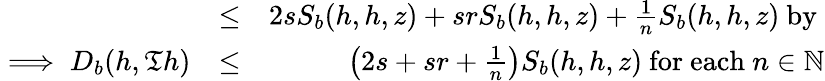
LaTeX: \begin{array}{rlr}&{\leq}&{2sS_{b}(h,h,z)+srS_{b}(h,h,z)+\frac{1}{n}S_{b}(h,h,z)~\mathrm{by~}}\\ {\implies D_{b}(h,\mathfrak{T}h)}&{\leq}&{\left(2s+sr+\frac{1}{n}\right)S_{b}(h,h,z)~\mathrm{for~each}~n\in\mathbb{N}}\end{array}